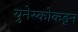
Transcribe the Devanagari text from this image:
युनेस्कोकडून